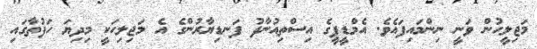
މަޖިލީހުން ވަނީ ނިންމައިފައެވެ. އެމްޑީޕީގެ އިސްތިއުނާފު ފަނޑިޔާރުންގެ އެ މަޖިލިހަކީ މިދިޔަ ހަފުތާގައި